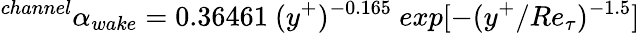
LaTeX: ^{channel}\alpha_{wake}=0.36461~(y^{+})^{-0.165}~exp[-(y^{+}/Re_{\tau})^{-1.5}]